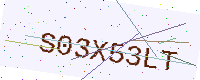
Text: S03X53LT